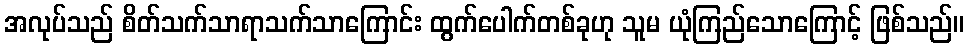
အလုပ်သည် စိတ်သက်သာရာသက်သာကြောင်း ထွက်ပေါက်တစ်ခုဟု သူမ ယုံကြည်သောကြောင့် ဖြစ်သည်။